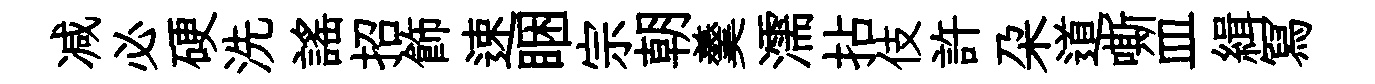
减必硬洗謡招飾速睏宗朝羹濡拈伎許朶道嘶皿緝冩